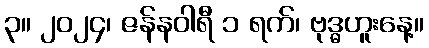
၃။ ၂၀၂၄၊ ဇန်နဝါရီ ၁ ရက်၊ ဗုဒ္ဓဟူးနေ့။